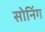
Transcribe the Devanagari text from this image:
सोनिंग